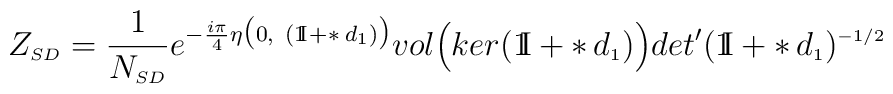
Z_{\scriptscriptstyle SD} = \frac{1}{N_{\scriptscriptstyle SD}}e^{- \frac{i \pi}{4} \eta\bigl(0, \hskip4pt (\mathrm{1\mkern-5muI\!}\hskip2pt +\ast\hskip 2pt d_{\scriptscriptstyle 1})\bigr)}vol\Bigl(ker(\mathrm{1\mkern-5muI\!}\hskip2pt + \ast\hskip 2pt d_{\scriptscriptstyle 1})\Bigr) det'(\mathrm{1\mkern-5muI\!}\hskip2pt +\ast\hskip 2pt d_{\scriptscriptstyle 1})^{\scriptscriptstyle -1/2}